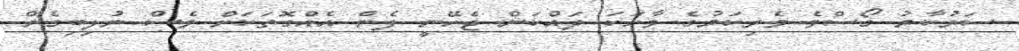
ސަރުކާރު ގޯސްވެ ވެރިކަމުގެ ވާހަކަ ދައްކަން ޖެހޭނީ ފެން އެއްގޮތަކަށް ވެސް ނުލިބިގެން